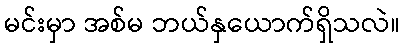
မင်းမှာ အစ်မ ဘယ်နှယောက်ရှိသလဲ။